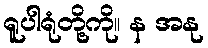
ရူပါရုံတို့ကို။ န အနု